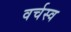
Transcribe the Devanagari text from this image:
वर्चस्‍व